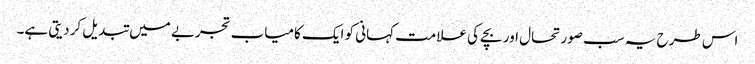
اس طرح یہ سب صورتحال اور بچے کی علامت کہانی کو ایک کامیاب تجربے میں تبدیل کردیتی ہے۔